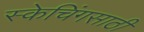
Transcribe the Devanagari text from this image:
स्केचिंगसाठी